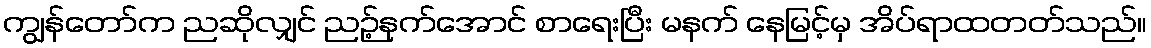
ကျွန်တော်က ညဆိုလျှင် ညဉ့်နက်အောင် စာရေးပြီး မနက် နေမြင့်မှ အိပ်ရာထတတ်သည်။